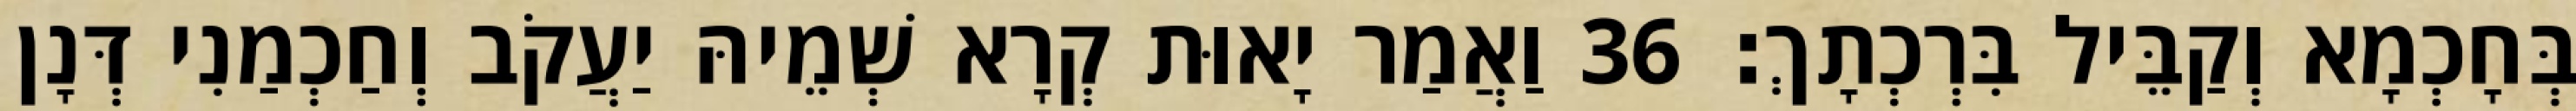
בְּחָכְמָא וְקַבֵּיל בִּרְכְתָךְ׃ 36 וַאֲמַר יָאוּת קְרָא שְׁמֵיהּ יַעֲקֹב וְחַכְמַנִי דְּנָן